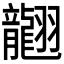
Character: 𦒮